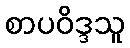
စာပဝိဒ္ဒသူ